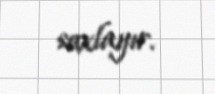
saxlayır.